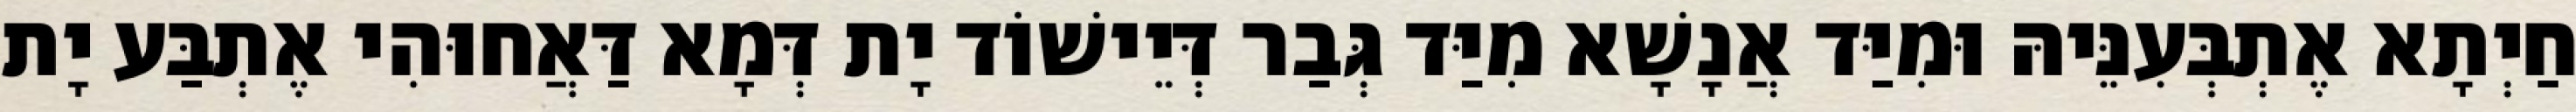
חַיְתָא אֶתְבְּעִנֵּיהּ וּמִיַּד אֲנָשָׁא מִיַּד גְּבַר דְּיֵישׁוֹד יָת דְּמָא דַּאֲחוּהִי אֶתְבַּע יָת